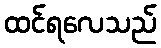
ထင်ရလေသည်